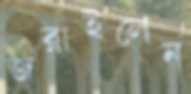
জরাইলেন